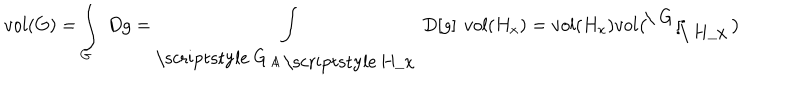
LaTeX: v o l ( G ) = \int _ { G } \ D g = \int _ { \raise 1 p t \mathrm { ~ \scriptstyle ~ G ~ } / \lower 1 p t \mathrm { ~ \scriptstyle ~ H _ { x } ~ } } D [ g ] v o l ( H _ { x } ) = v o l ( H _ { x } ) v o l \bigl ( \! \! \raise 4 p t \mathrm { ~ \ G ~ } \! / \! \! \! \lower 4 p t \mathrm { ~ \ H _ { x } ~ } \bigr )